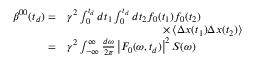
\begin{array} { r l } { \boldsymbol { \beta } ^ { 0 0 } ( t _ { d } ) = } & { \gamma ^ { 2 } \int _ { 0 } ^ { t _ { d } } d t _ { 1 } \int _ { 0 } ^ { t _ { d } } d t _ { 2 } f _ { 0 } ( t _ { 1 } ) f _ { 0 } ( t _ { 2 } ) } \\ & { \hphantom { \gamma ^ { 2 } \int _ { 0 } ^ { t _ { d } } d t _ { 1 } \int _ { 0 } ^ { t _ { d } } d t _ { 2 } f _ { G } } \times \left\langle \Delta \boldsymbol { x } ( t _ { 1 } ) \Delta \boldsymbol { x } ( t _ { 2 } ) \right\rangle } \\ { = } & { \gamma ^ { 2 } \int _ { \mathbb { - \infty } } ^ { \infty } \frac { d \omega } { 2 \pi } \left| F _ { 0 } ( \omega , t _ { d } ) \right| ^ { 2 } \boldsymbol { S } ( \omega ) } \end{array}